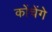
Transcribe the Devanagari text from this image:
कोंचेंगे